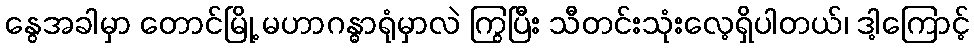
နွေအခါမှာ တောင်မြို့ မဟာဂန္ဓာရုံမှာလဲ ကြွပြီး သီတင်းသုံးလေ့ရှိပါတယ်၊ ဒါ့ကြောင့်